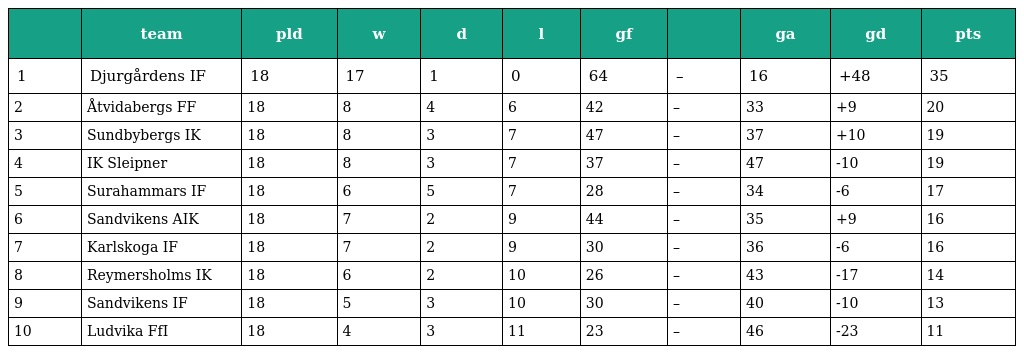
|  | team | pld | w | d | l | gf |  | ga | gd | pts |
 | --- | --- | --- | --- | --- | --- | --- | --- | --- | --- | --- |
 | 1 | Djurgårdens IF | 18 | 17 | 1 | 0 | 64 | – | 16 | +48 | 35 |
 | 2 | Åtvidabergs FF | 18 | 8 | 4 | 6 | 42 | – | 33 | +9 | 20 |
 | 3 | Sundbybergs IK | 18 | 8 | 3 | 7 | 47 | – | 37 | +10 | 19 |
 | 4 | IK Sleipner | 18 | 8 | 3 | 7 | 37 | – | 47 | -10 | 19 |
 | 5 | Surahammars IF | 18 | 6 | 5 | 7 | 28 | – | 34 | -6 | 17 |
 | 6 | Sandvikens AIK | 18 | 7 | 2 | 9 | 44 | – | 35 | +9 | 16 |
 | 7 | Karlskoga IF | 18 | 7 | 2 | 9 | 30 | – | 36 | -6 | 16 |
 | 8 | Reymersholms IK | 18 | 6 | 2 | 10 | 26 | – | 43 | -17 | 14 |
 | 9 | Sandvikens IF | 18 | 5 | 3 | 10 | 30 | – | 40 | -10 | 13 |
 | 10 | Ludvika FfI | 18 | 4 | 3 | 11 | 23 | – | 46 | -23 | 11 |